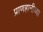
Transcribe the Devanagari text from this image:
प्राणहानीच्या